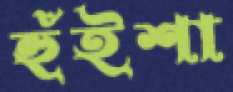
হুঁইশা